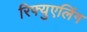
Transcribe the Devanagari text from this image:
रिफ्युएलिंग